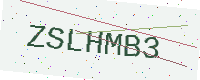
Text: ZSLHMB3